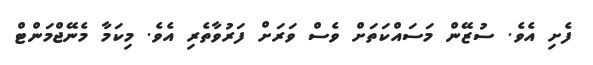
ފެށި އެވެ. ސުޒޭން މަސައްކަތަށް ވެސް ވަރަށް ފަރުވާތެރި އެވެ. މިކަމާ މެނޭޖްމަންޓް